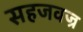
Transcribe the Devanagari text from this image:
सहजवज्र